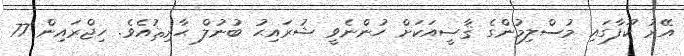
އޭރު ކޫފާގައި މުސްލިމުންގެ ޤާޟީއަކަށް ހުންނެވީ ޝުރައިޙު ބުނުލް ޙާރިޘުއެވެ. ހިޖްރައިން 77